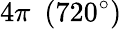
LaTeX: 4\pi\ \ (720^{\circ})